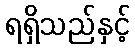
ရရှိသည်နှင့်